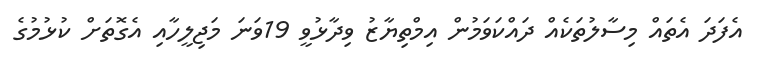
އެފަދަ އެތައް މިސާލުތަކެއް ދައްކަވަމުން އިމްތިޔާޒު ވިދާޅުވީ 19ވަނަ މަޖިލީހާއި އެގޮތަށް ކުޅުމުގެ